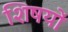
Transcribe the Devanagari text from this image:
शिषयों